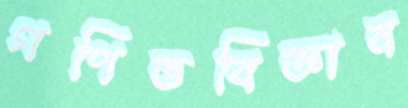
গণিতবিজ্ঞান